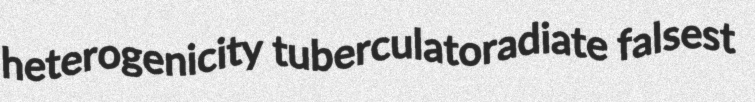
heterogenicity tuberculatoradiate falsest